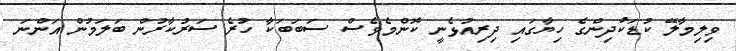
ވިލިމާލޭ ކުޑަކުދިންގެ ހިޔާގައި ދިރިއުޅެނީ ކޮންމެވެސް ސަބަބަކާ ހުރެ ސަރުކާރުން ބަލަމުން އަންނަ